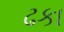
ઢકા